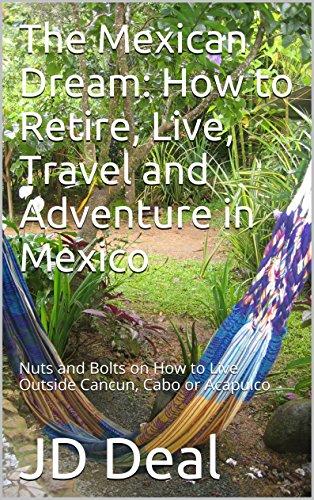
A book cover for The Mexican Dream: How to Retire, Live, Travel and Adventure in Mexico: Nuts and Bolts on How to Live Outside Cancun, Cabo or Acapulco; JD Deal; Travel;